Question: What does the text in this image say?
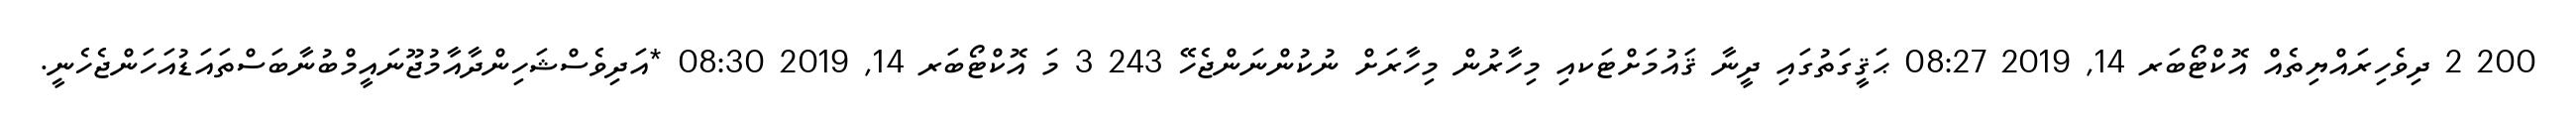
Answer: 200 2 ދިވެހިރައްޔިތެއް އޮކްޓޯބަރ 14, 2019 08:27 ޙަޤީގަތުގައި ދީނާ ޤައުމަށްޓަކއި މިހާރުން މިހާރަށް ނުކުންނަންޖެހޭ 243 3 މަ އޮކްޓޯބަރ 14, 2019 08:30 *އަދިވެސްޝަހިންދާއާމުޖޫނައީމްބުނާބަސްތައަޑުއަހަންޖެހެނީ.